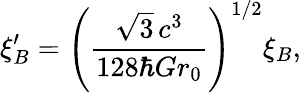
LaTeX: \xi_{B}^{\prime}=\left(\frac{\sqrt 3\, c^{3}}{128\hbar Gr_{0}}\right)^{1/2}\xi_{B},